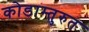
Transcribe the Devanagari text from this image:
कोडाम्तुरुत